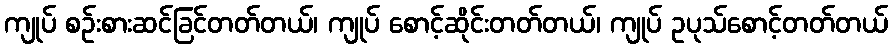
ကျုပ် စဉ်းစားဆင်ခြင်တတ်တယ်၊ ကျုပ် စောင့်ဆိုင်းတတ်တယ်၊ ကျုပ် ဥပုသ်စောင့်တတ်တယ်